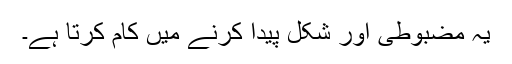
یہ مضبوطی اور شکل پیدا کرنے میں کام کرتا ہے۔